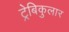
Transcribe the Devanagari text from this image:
ट्रेबिकुलार